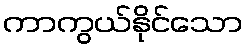
ကာကွယ်နိုင်သော